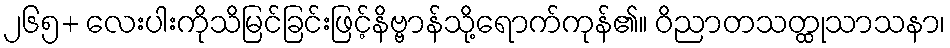
၂၆၅+ လေးပါးကိုသိမြင်ခြင်းဖြင့်နိဗ္ဗာန်သို့ရောက်ကုန်၏။ ဝိညာတသတ္ထုသာသနာ၊